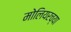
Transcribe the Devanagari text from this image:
मोलियरच्या